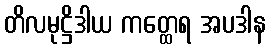
တိလမုဋ္ဌိဒါယ ကတ္ထေရ အပဒါန